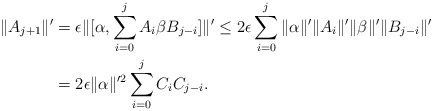
\begin{align*} \|A_{j+1}\|' &= \epsilon \|[\alpha, \sum_{i=0}^j A_i\beta B_{j-i}]\|'\le 2 \epsilon \sum_{i=0}^j \|\alpha\|'\| A_i\|' \|\beta\|'\|B_{j-i}\|'\\&= 2\epsilon \|\alpha\|'^2 \sum_{i=0}^j C_i C_{j-i}.\end{align*}